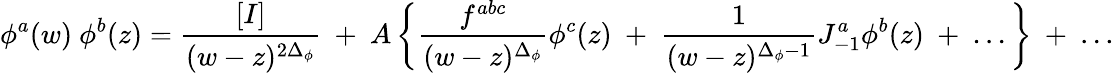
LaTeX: \phi^{a}(w)~\phi^{b}(z)={\frac{[I]}{(w-z)^{2\Delta_{\phi}}}}~+~A\left\{ {\frac{f^{abc}}{(w-z)^{\Delta_{\phi}}}}\phi^{c}(z)~+~{\frac{1}{(w-z)^{\Delta_{\phi}-1}}}J_{-1}^{a}\phi^{b}(z){}~+~...\right\} ~+~...